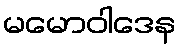
မမောဝါဒေန